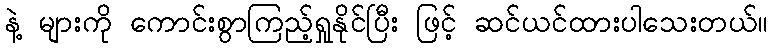
နဲ့ များကို ကောင်းစွာကြည့်ရှုနိုင်ပြီး ဖြင့် ဆင်ယင်ထားပါသေးတယ်။